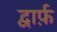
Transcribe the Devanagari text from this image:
द्वार्फ़